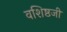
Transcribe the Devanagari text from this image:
वशिष्ठजी